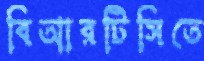
বিআরটিসিতে